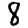
Digit: 8